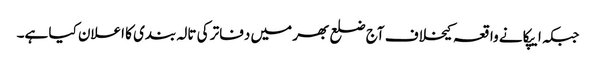
جبکہ ایپکا نے واقعہ کیخلاف آج ضلع بھر میں دفاتر کی تالہ بندی کا اعلان کیا ہے۔